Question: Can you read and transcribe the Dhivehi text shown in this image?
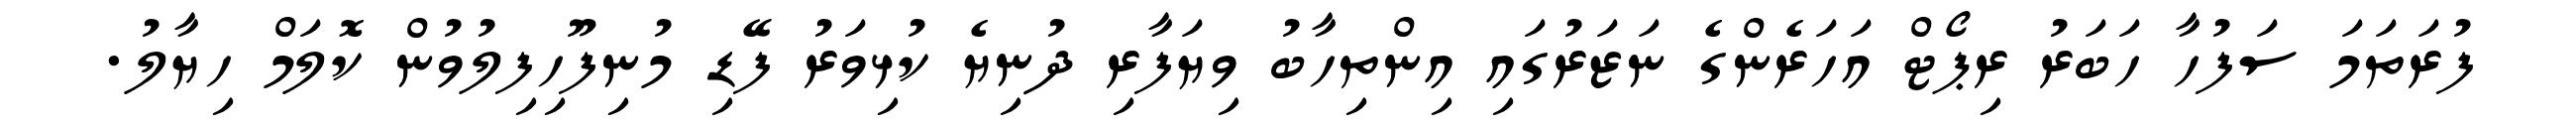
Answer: ފުރަތަމަ ސަފުހާ ހަބަރު ރިޕޯޓް އަހަރެންގެ ނަޒަރުގައި އިންތިހާބު ވިޔަފާރި ދުނިޔެ ކުޅިވަރު ފޭޑި މުނިފޫހިފިލުވުން ކޮލަމް ހިޔާލު.